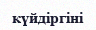
күйдіргіні